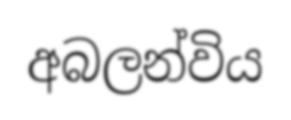
අබලන්විය